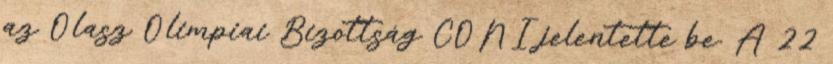
az Olasz Olimpiai Bizottság CONI jelentette be. A 22